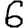
Digit: 6